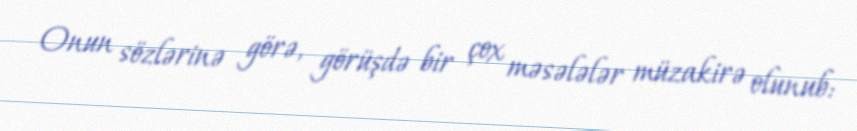
Onun sözlərinə görə, görüşdə bir çox məsələlər müzakirə olunub: